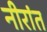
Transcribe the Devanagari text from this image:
नीरांत